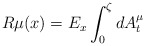
\begin{align*}R\mu(x)=E_x\int^{\zeta}_0dA^{\mu}_t\end{align*}